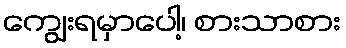
ကျွေးရမှာပေါ့၊ စားသာစား